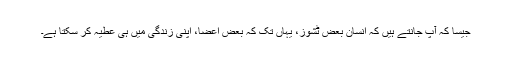
جیسا کہ آپ جانتے ہیں کہ انسان بعض ٹشوز، یہاں تک کہ بعض اعضا، اپنی زندگی میں ہی عطیہ کر سکتا ہے۔